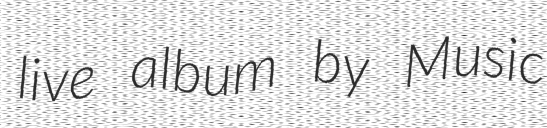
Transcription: live album by Music